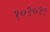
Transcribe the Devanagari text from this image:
१०१०१९